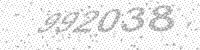
Solution: 992038